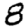
Digit: 8